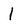
Character: l